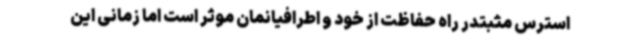
استرس مثبتدر راه حفاظت از خود و اطرافیانمان موثر است اما زمانی این